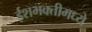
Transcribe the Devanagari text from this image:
ईशभक्तीमध्ये